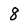
Character: 8